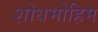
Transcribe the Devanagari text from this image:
शोधमोहिम